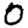
Digit: 0